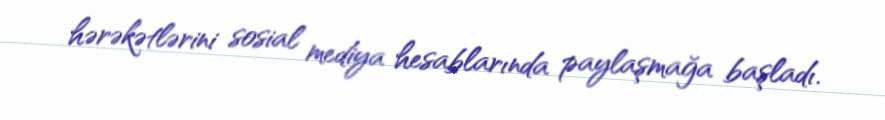
hərəkətlərini sosial mediya hesablarında paylaşmağa başladı.